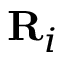
{ \bf R } _ { i }